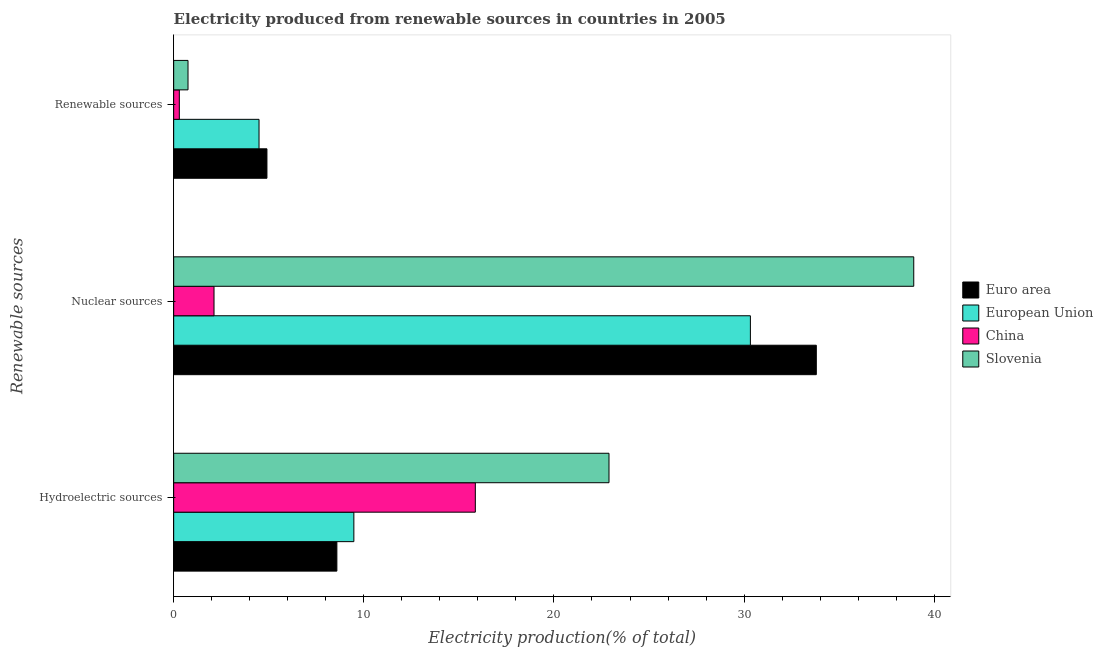
| Renewable sources | Euro area | European Union | China | Slovenia |
 | --- | --- | --- | --- | --- |
 | Hydroelectric sources | 8.58 | 9.48 | 15.9 | 22.9 |
 | Nuclear sources | 33.8 | 30.3 | 2.12 | 38.9 |
 | Renewable sources | 4.91 | 4.49 | 0.297 | 0.754 |